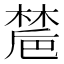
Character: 㯄